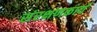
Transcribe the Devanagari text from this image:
संरक्षणकार्य